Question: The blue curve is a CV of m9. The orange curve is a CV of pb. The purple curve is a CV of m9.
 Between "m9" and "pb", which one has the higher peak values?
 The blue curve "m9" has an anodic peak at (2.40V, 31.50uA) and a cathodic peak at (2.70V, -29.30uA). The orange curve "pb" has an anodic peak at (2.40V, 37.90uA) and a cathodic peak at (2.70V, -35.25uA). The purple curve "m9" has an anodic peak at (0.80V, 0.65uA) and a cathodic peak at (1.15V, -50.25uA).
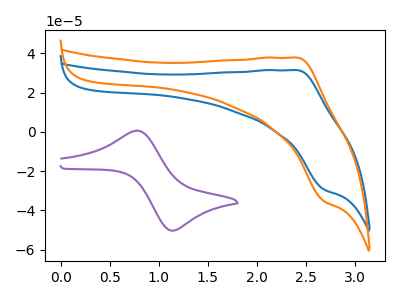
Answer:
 <answer>Every peak in "m9" is lower than every peak in "pb".</answer>
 <eval>lower</eval>